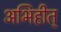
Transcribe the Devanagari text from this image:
अभिहीत्